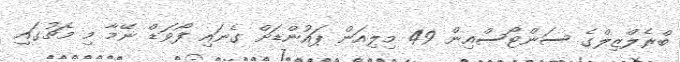
ބްރެލްޒިލްގެ ސަންޓޯސްއިން 49 މިލިއަން ޕައުންޑަށް ގެނައި ފޯވަޑް ނޭމާ މި މެޗުގައި